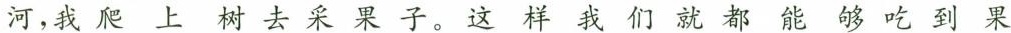
河，我爬上树去采果子。这样我们就都能够吃到果